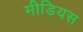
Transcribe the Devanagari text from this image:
मीडियस